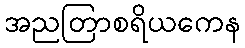
အညတြာစရိယကေန